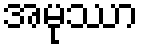
အမုဿာ